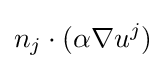
n_{j}\cdot (\alpha \nabla u^{j})